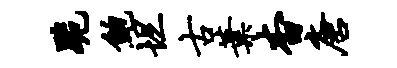
跪鲍坦古叶杳唐